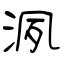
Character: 洬